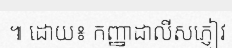
៕ ដោយ៖ កញ្ញាដាលីសភ្ញៀវ